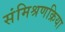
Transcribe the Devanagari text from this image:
संमिश्रणक्रिया